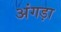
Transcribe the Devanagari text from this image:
अंगड़ा